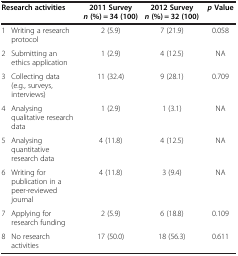
<table><thead><tr><td colspan="2"><b>Research activities</b></td><td><b>2011 Survey<i>n </i>(%) = 34(100)</b></td><td><b>2012 Survey<i>n </i>(%) = 32(100)</b></td><td><b><i>p </i>Value</b></td></tr></thead><tbody><tr><td>1</td><td>Writing a research protocol</td><td>2 (5.9)</td><td>7 (21.9)</td><td>0.058</td></tr><tr><td>2</td><td>Submitting an ethics application</td><td>1 (2.9)</td><td>4 (12.5)</td><td>NA</td></tr><tr><td>3</td><td>Collecting data (e.g., surveys, interviews)</td><td>11 (32.4)</td><td>9 (28.1)</td><td>0.709</td></tr><tr><td>4</td><td>Analysing qualitative research data</td><td>1 (2.9)</td><td>1 (3.1)</td><td>NA</td></tr><tr><td>5</td><td>Analysing quantitative research data</td><td>4 (11.8)</td><td>4 (12.5)</td><td>NA</td></tr><tr><td>6</td><td>Writing for publication in a peer-reviewed journal</td><td>4 (11.8)</td><td>3 (9.4)</td><td>NA</td></tr><tr><td>7</td><td>Applying for research funding</td><td>2 (5.9)</td><td>6 (18.8)</td><td>0.109</td></tr><tr><td>8</td><td>No research activities</td><td>17 (50.0)</td><td>18 (56.3)</td><td>0.611</td></tr></tbody></table>